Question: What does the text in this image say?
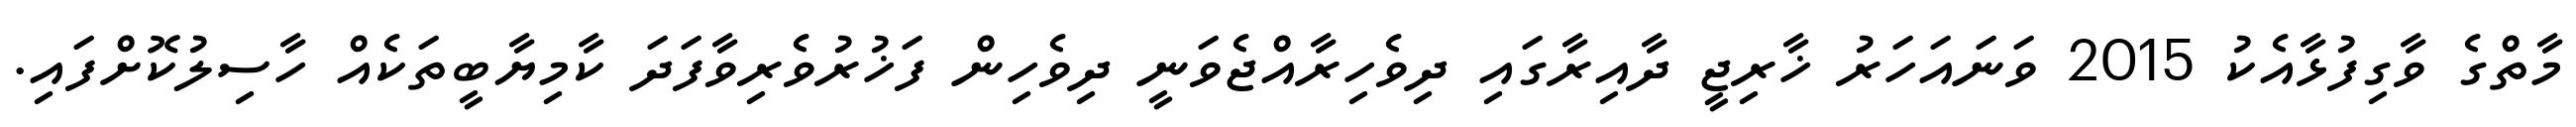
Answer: މާތްގެ ވާގިފުޅާއެކު 2015 ވަނައަހަރު ޚާރިޖީ ދާއިރާގައި ދިވެހިރާއްޖެވަނީ ދިވެހިން ފަޚުރުވެރިވާފަދަ ކާމިޔާބީތަކެއް ހާސިލުކޮށްފައި.